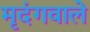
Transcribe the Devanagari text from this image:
मृदंगवाले